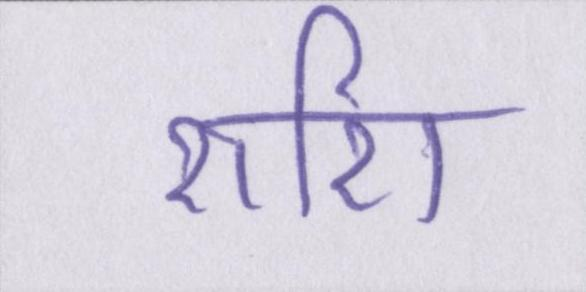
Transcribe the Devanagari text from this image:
राशि